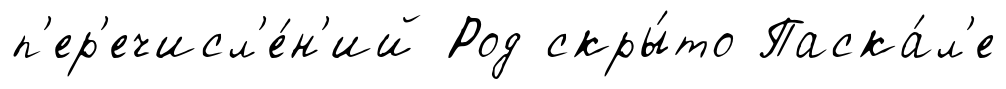
п'ер'ечисл'е́н'ий Род скры́то Паска́л'е